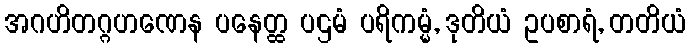
အဂဟိတဂ္ဂဟဏေန ပနေတ္ထ ပဌမံ ပရိကမ္မံ, ဒုတိယံ ဥပစာရံ, တတိယံ